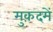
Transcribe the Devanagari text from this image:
मुक़दमें